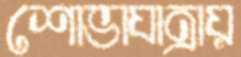
শোভাযাত্রায়